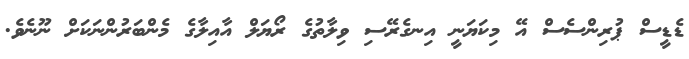
ޑެޑީސް ޕުރިންސެސް އޭ މިކަޔަނީ އިނގެރޭސި ވިލާތުގެ ރޯޔަލް އާއިލާގެ މެންބަރުންނަކަށް ނޫނެވެ.